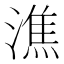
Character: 潐